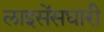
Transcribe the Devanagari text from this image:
लाइसेंसघारी